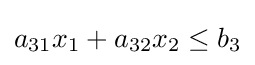
a_{31}x_{1}+a_{32}x_{2}\leq b_{3}